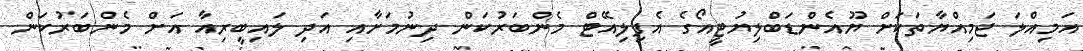
އަމިއްލަ ޖަމިއްޔާތަކަށް ޔޫއެންޑަބްލިޔުޓީއޯގެ އެފިލިއޭޓް މެންބަރުކަން ދިނުމަށާއި އަދި ލައިބީރިއާ އަށް މެންބަރުކަން